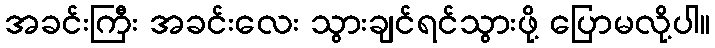
အခင်းကြီး အခင်းလေး သွားချင်ရင်သွားဖို့ ပြောမလို့ပါ။